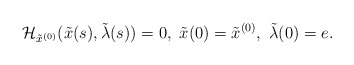
\begin{align*}\mathcal{H}_{\tilde{x}^{(0)}} (\tilde{x}(s),\tilde{\lambda} (s))=0, \ \tilde{x}(0)=\tilde{x}^{(0)}, \ \tilde{\lambda}(0)=e.\end{align*}